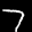
Label: 7